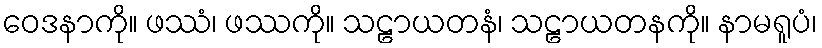
ဝေဒနာကို။ ဖဿံ၊ ဖဿကို။ သဠာယတနံ၊ သဠာယတနကို။ နာမရူပံ၊